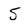
Character: 5